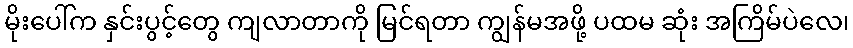
မိုးပေါ်က နှင်းပွင့်တွေ ကျလာတာကို မြင်ရတာ ကျွန်မအဖို့ ပထမ ဆုံး အကြိမ်ပဲလေ၊